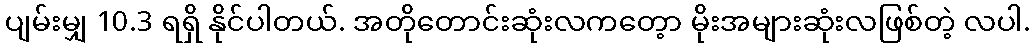
ပျမ်းမျှ 10.3 ရရှိ နိုင်ပါတယ်. အတိုတောင်းဆုံးလကတေ့ာ မိုးအများဆုံးလဖြစ်တဲ့ လပါ.